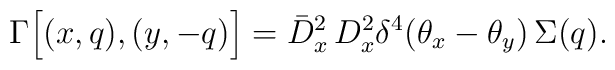
\Gamma\Big[(x,q),(y,-q)\Big]= \bar D^2_x\, D^2_x \delta^4(\theta_x-\theta_y)\,\Sigma(q).